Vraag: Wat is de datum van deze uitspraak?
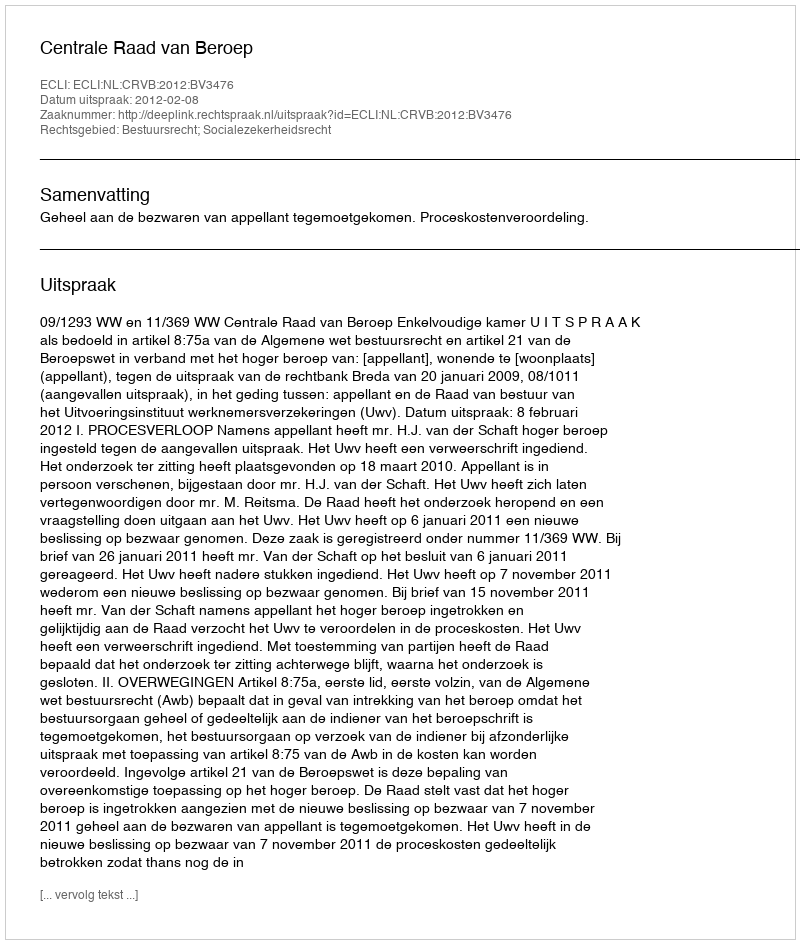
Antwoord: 2012-02-08